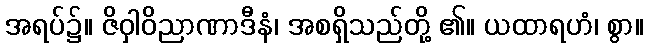
အရပ်၌။ ဇိဝှါဝိညာဏာဒီနံ၊ အစရှိသည်တို့ ၏။ ယထာရဟံ၊ စွာ။